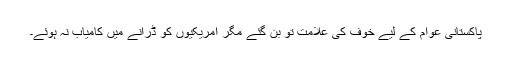
پاکستانی عوام کے لیے خوف کی علامت تو بن گئے مگر امریکیوں کو ڈرانے میں کامیاب نہ ہوئے۔